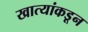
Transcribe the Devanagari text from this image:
खात्यांकडून